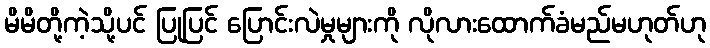
မိမိတို့ကဲ့သို့ပင် ပြုပြင် ပြောင်းလဲမှုများကို လိုလားထောက်ခံမည်မဟုတ်ဟု